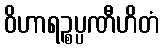
ဝိဟာရဉ္စပ္ပဏီဟိတံ